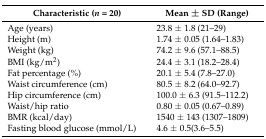
<table><thead><tr><td><b> Characteristic (<i>n</i> = 20)</b></td><td><b>Mean ± SD (Range)</b></td></tr></thead><tbody><tr><td>Age (years)</td><td>23.8 ± 1.8 (21–29)</td></tr><tr><td>Height (m)</td><td>1.74 ± 0.05 (1.64–1.83)</td></tr><tr><td>Weight (kg)</td><td>74.2 ± 9.6 (57.1–88.5)</td></tr><tr><td>BMI (kg/m<sup>2</sup>)</td><td>24.4 ± 3.1 (18.2–28.4)</td></tr><tr><td>Fat percentage (%)</td><td>20.1 ± 5.4 (7.8–27.0)</td></tr><tr><td>Waist circumference (cm)</td><td>80.5 ± 8.2 (64.0–92.7)</td></tr><tr><td>Hip circumference (cm)</td><td>100.0 ± 6.3 (91.5–112.2)</td></tr><tr><td>Waist/hip ratio</td><td>0.80 ± 0.05 (0.67–0.89)</td></tr><tr><td>BMR (kcal/day)</td><td>1540 ± 143 (1307–1809)</td></tr><tr><td>Fasting blood glucose (mmol/L)</td><td>4.6 ± 0.5(3.6–5.5)</td></tr></tbody></table>